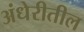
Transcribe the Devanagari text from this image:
अंधेरीतील